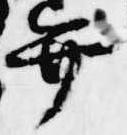
弁